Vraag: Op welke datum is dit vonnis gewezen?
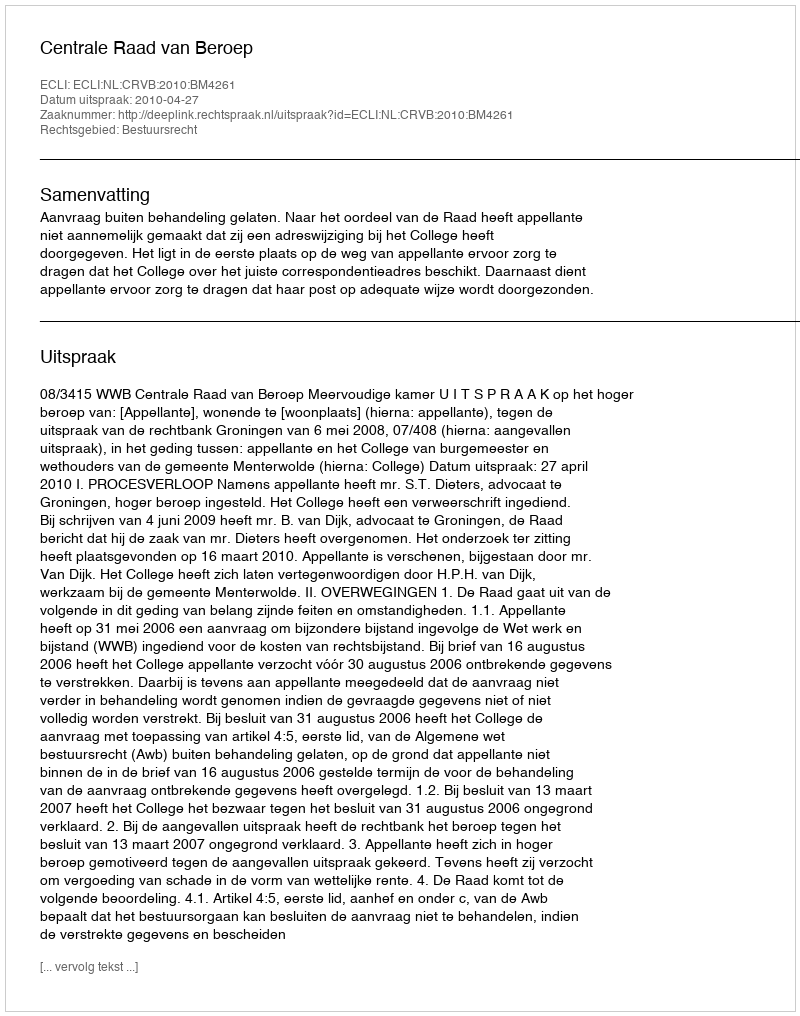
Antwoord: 2010-04-27